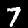
Label: 7